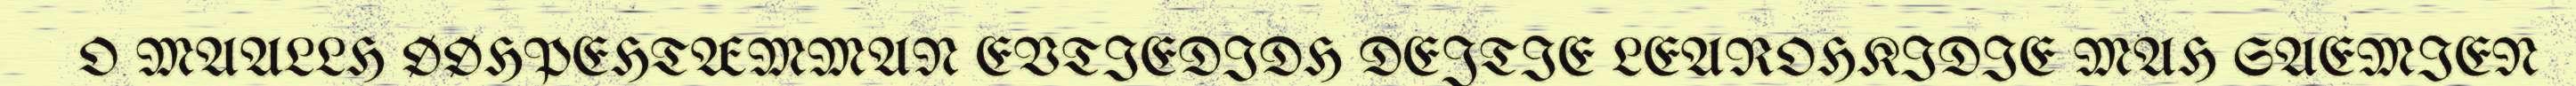
O MAALLH ØØHPEHTÆMMAN EVTIEDIDH DEJTIE LEAROHKIDIE MAH SAEMIEN